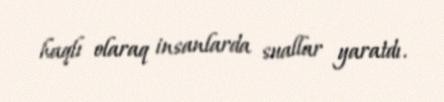
haqlı olaraq insanlarda suallar yaratdı.